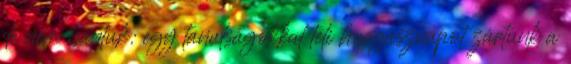
de nem bántuk: egy tanulságokkal teli horgásznapot zártunk a